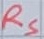
Text: RS